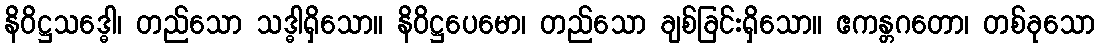
နိဝိဋ္ဌသဒ္ဓေါ၊ တည်သော သဒ္ဓါရှိသော။ နိဝိဋ္ဌပေမော၊ တည်သော ချစ်ခြင်းရှိသော။ ဧကန္တဂတော၊ တစ်ခုသော